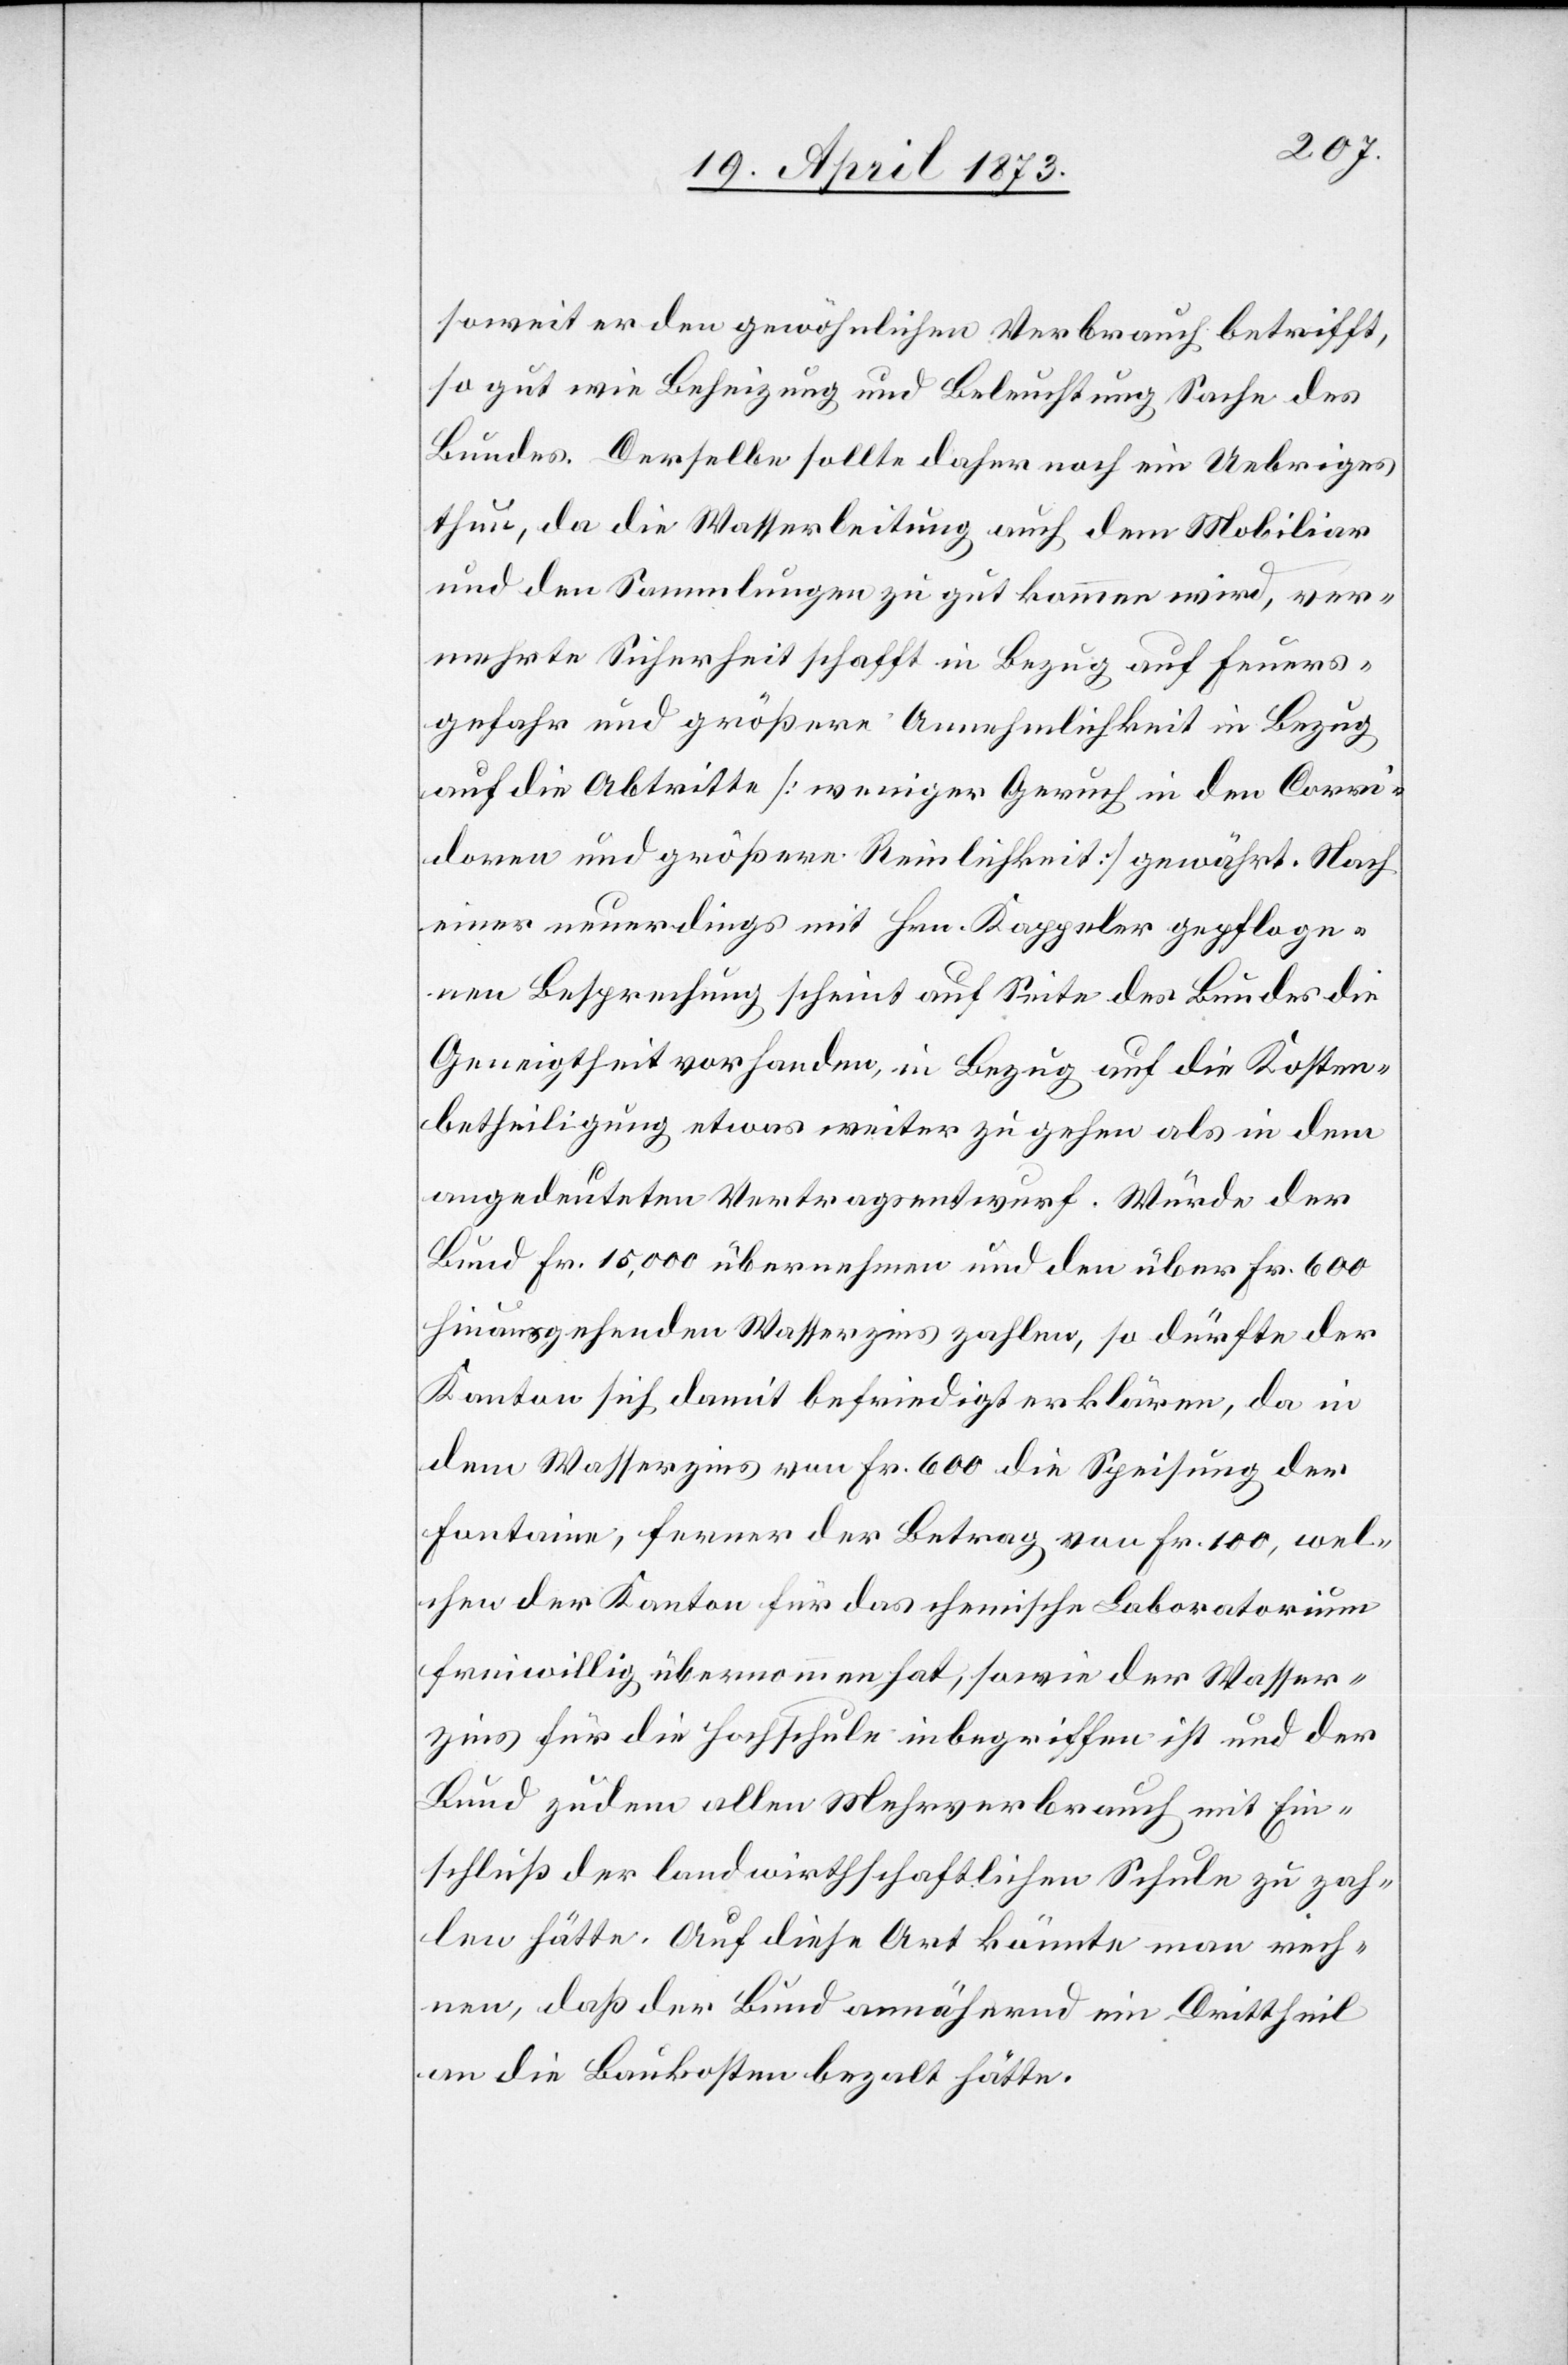
soweit er den gewöhnlichen Verbrauch betrifft,
so gut wie Beheizung und Beleuchtung Sache des
Bundes. Derselbe sollte daher noch ein Uebriges
thun, da die Wasserleitung auch dem Mobiliar
und den Sammlungen zu gut kommen wird, ver¬
mehrte Sicherheit schafft in Bezug auf Feuers¬
gefahr und größere Annehmlichkeit in Bezug
auf die Abtritte [weniger Geruch in den Corri¬
doren und größere Reinlichkeit] gewährt. Nach
einer neuerdings mit Hrn. Kappeler gepfloge¬
nen Besprechung scheint auf Seite des Bundes die
Geneigtheit vorhanden, in Bezug auf die Kosten¬
betheiligung etwas weiter zu gehen als in dem
angedeuteten Vertragsentwurf. Würde der
Bund Fr. 15,000 übernehmen und den über Fr. 600
hinausgehenden Wasserzins zahlen, so dürfte der
Kanton sich damit befriedigt erklären, da in
dem Wasserzins von Fr. 600 die Speisung der
Fontaine, ferner der Betrag von Fr. 100, wel¬
chen der Kanton für das chemische Laboratorium
freiwillig übernommen hat, sowie der Wasser¬
zins für die Hochschule inbegriffen ist und der
Bund zudem allen Mehrverbrauch mit Ein¬
schluß der landwirthschaftlichen Schule zu zah¬
len hätte. Auf diese Art könnte man rech¬
nen, daß der Bund annähernd ein Drittheil
an die Baukosten bezalt [sic!]